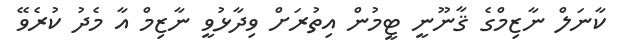
ކާނަލް ނާޒިމްގެ ޤާނޫނީ ޓީމުން އިތުރަށް ވިދާޅުވީ ނާޒިމް އާ މެދު ކުރެވޭ